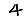
Digit: 4